Statistical return of the lunatic asylum in Assam - 1912-1932
Year: 1912
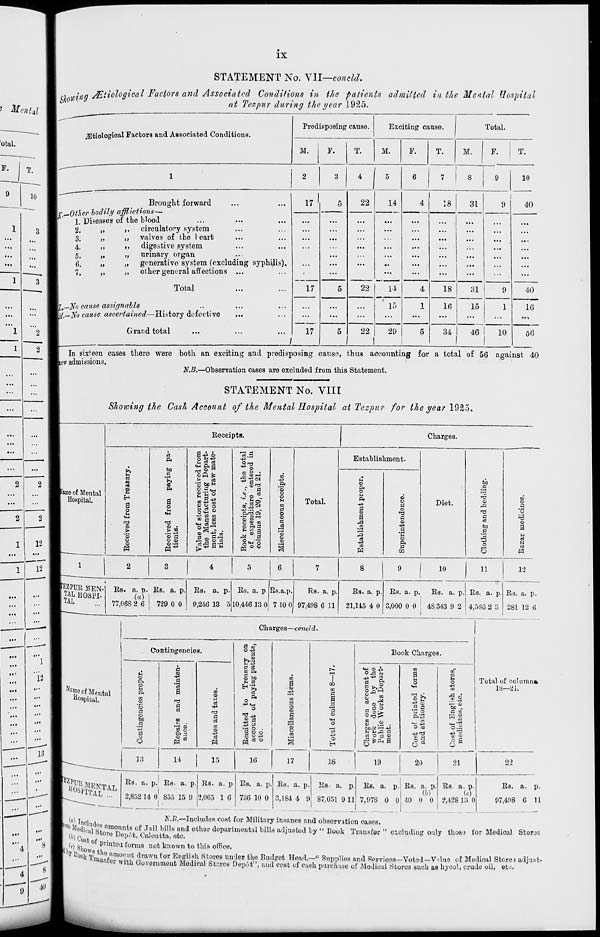
IX
STATEMENT No. VII—conoid.
Mental
otal.
P.
10
2
•1
2
2
...
...
2
2
1
12
12
12
13
•••
8
.jug JEliological Factors and Associated Conditions in the patients admitted in the Mental Hospital
"W
at Tezpur during the year 1925.
jEtiologioal Factors and Associated Conditions.
Predisposing cause.
Exciting cause.
M.
F.
T.
M.
F.
T.
Total.
M.
F.
T.
10
Brought forward
'.^Other bodily afflictions—
1. Diseases of the blood
2,
„
,, circulatory system
3_
„
,, valves of the heart
4.
>>
"
5.
6.
»
>»
digestive system
„ urinary organ
„ generative system (excluding syphilis).
17
7.
>>
other general affections ...
Total
l,~No cause assignable
'[.—No cause ascertained—History defective
Grand total
17
17
/
22
14
22
14
If)
-29,
29
4
18
31
18
16
34
40
31
15
46
10
40
16
56
In sixteen cases there were both an exciting and predisposing cause, thus accounting for a total of 56 against 40
tew admissions.
N.B.—Observation cases are excluded from this Statement.
STATEMENT No. VIII
Showing the Cash Account of the Mental Hospital at Tezpur for the year 19& J.
Eeceipta.
1
Charges.
u
a
3
d
P.
bn
c
eived from
g Depart-
raw mate-
, the total
entered in
a 2i.
m
Establishment.
bo
a
u
Kamo of Mental
©
Cu
s' S>w
£ £ °
a
CD
O
M
.
.
1 Hospital.
a o u
•H
1 s
a o
M
■ m
ae of stores
> Manufactu
nt, less cost
Is.
k receipts, *
expenditur
umns 19, 20,
M
oo
O
S
'3 c
Total.
-*3
o
a
00
d
a
o
o
■+*
.9
o
Diet.
Si
3
6a
a
©
"o
T3
09
a
3
o
<x>
O CD
•— a 03 a
00
1
o
N
P
I
1
2
3
4
5
6
7
8
9
10
11
12
PZPTJB MEN-
[g ll0SPI -
Es. a. p.
(a)
Es. a. p. Es. a. p. Es. a. p Es.a.p.
Rs. a. p.
Es. a. p. Es. a. p.
Es. a. p. Es. a. p. E3. a. p.
77,068 2 6
729 0 0
9,246 13 5 10,446 13 0 7 10 0 97,408 6 11
21,115 4 0 3,000 0 0
48 343 9 2
1
4,536 2 3 281 12 6
Charges—concid-
^° of Mental
H°B piUl.
Contingencies.
u
o
CA
O
to
8
"S
B
01
bo
.5
O
$
oo
5 O ■
&A 2
Pd
oo
v\
^3
a
a
to
©
d
a <»*
a
S d
00 i,
© to
u s
d
Bi
o
o
1 1
a & o
oj ©
<3
00
a
O
01
c
c<
"a!
u
to
00
a
"3
o
o
E-t
Book Charges.
O Si n
5 B
™ O P
C -IK,
£ .2 .
tO^ ■—« -k 3
rt 3 fl o
g E:^ a
8)
a y
o
.S fl
P."43
O co
is
13
to
o
05
Total of column*
18—^1.
T OJ
bo „
■ si
14
15
16
17
18
19
20
21
22
niS&
Es. a. p. Es. a. p
2,852 14 0 855 15 9
Es. a. p
2,065 1 6
Es. a. p.
736 10 0
Es. a. p.
3,184 4 9
Es. a. p.
87,051 9 11
Es. a. p. Es. a. p.
|
(M
7,978 0 0 40 0 0
Es. a. p.
(o)
2,4'iS 13 0
Es. a. p.
97,498 6 11
loin Ar¥hul
A'.K.—Includes cost for Military innanos and obsorv.ition cases.
lr°J i''al ( sL nm^intsof ,T;,il bills and other dopartiuontal bills adjusted by " Look Transfer " cicludins only tho&j for Modical Storjs
jj -
"loro DoTjot, Calcutta, etc.
I f ) 8 , B of Prfntea forms not known to this office.
? l>0 «k TranKf"' m°" 'l* fl,wn tor Bngliih Stoves un-lor tho Budget Head,—" Supplies and Sorvicos—Voted—V due of Medical Storo* adjust-
""lor with Government Medical Sboroa Depotf'i and cost of cash purcnase of -Modical storo3 Buch aa byool, crude oil, et^.